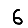
Digit: 6